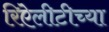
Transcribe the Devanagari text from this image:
रिऐलीटीच्या